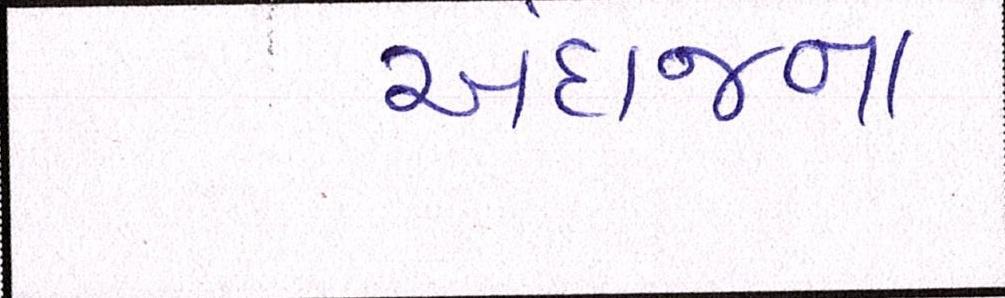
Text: અંદાજના